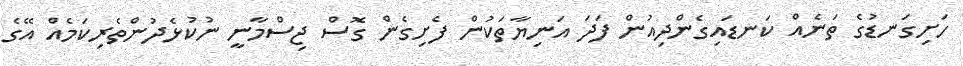
ހަށިގަނޑުގެ ތަނެއް ކަނޑައިގެންދިއުން ފަދަ އަނިޔާތަކުން ފެށިގެން ގޮސް ޖިސްމާނީ ނުކުޅެދުންތެރިކަމެއް އޭގެ